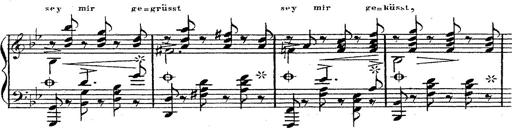
Title: 12 Lieder von Franz Schubert
Composer: Franz Liszt